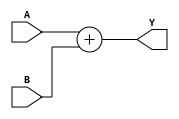
`timescale 1ns/1ns
module Adder (input [1:0] A, input [7:0] B, output [7:0] Y);
    assign Y = {6'd0,A} + B;
endmodule